65_HS1-834228961_62-HQ-83894_Section_1
Agency: FBI
Page 17
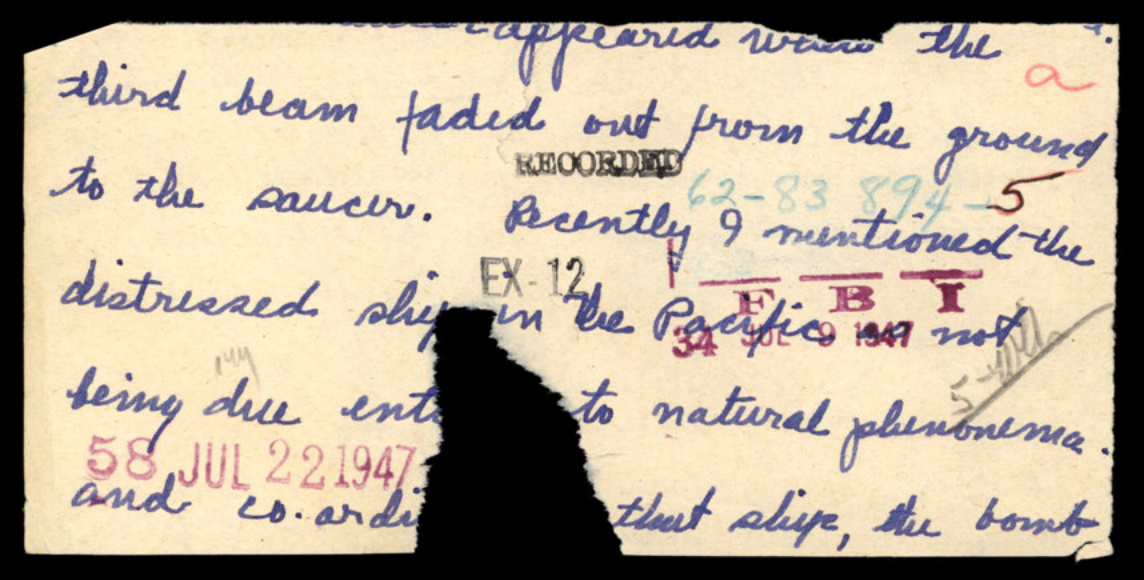